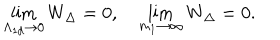
\lim _ { \Lambda _ { 1 d } \rightarrow 0 } W _ { \Delta } = 0 , \quad \lim _ { m _ { 1 } \rightarrow \infty } W _ { \Delta } = 0 .